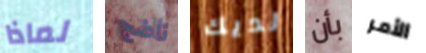
لماذا ناضج لديك بأن الأمر